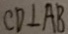
C D \bot A B